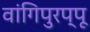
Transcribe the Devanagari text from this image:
वांगिपुरप्पू